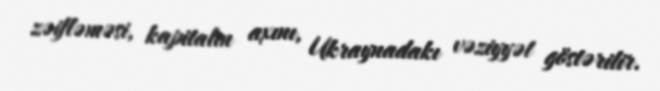
zəifləməsi, kapitalın axını, Ukraynadakı vəziyyət göstərilir.